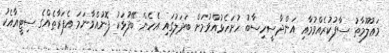
މަޢުލޫމާތު ސާފުކުރެއްވުމާއި އަންދާސީހިސާބު ހުށަހެޅުއްވުމަށް ބަދަލުގައި އެހެން ބޭފުޅަކު ފޮނުއްވާނަމަ އެފަރާތެއްގެ ސިޓީއާއެކު